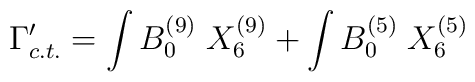
\Gamma'_{c.t.}=\int B_0^{(9)}\; X_6^{(9)}+\int B_0^{(5)}\; X_6^{(5)}